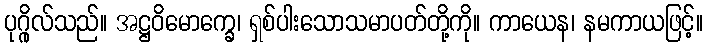
ပုဂ္ဂိုလ်သည်။ အဋ္ဌဝိမောက္ခေ၊ ရှစ်ပါးသောသမာပတ်တို့ကို။ ကာယေန၊ နမကာယဖြင့်။